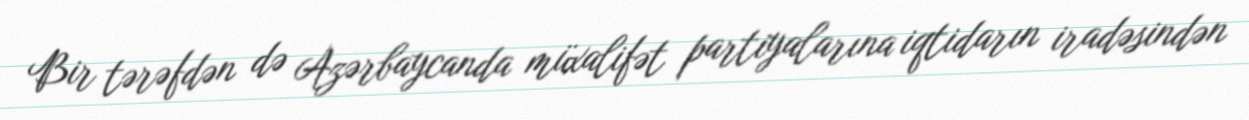
Bir tərəfdən də Azərbaycanda müxalifət partiyalarına iqtidarın iradəsindən